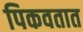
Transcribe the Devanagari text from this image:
पिकवतात